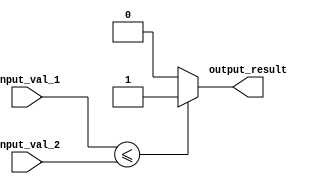
module less_than_equal_to_comparator (
    input [31:0] input_val_1,
    input [31:0] input_val_2,
    output reg output_result
);

always @* begin
    if(input_val_1 <= input_val_2)
        output_result = 1;
    else
        output_result = 0;
end

endmodule